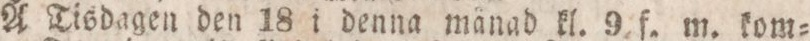
Å Tisdagen den 18 i denna månad kl. 9 f. m. kom=